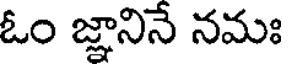
ఓం జ్ఞానినే నమః